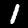
Label: 1